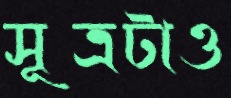
সূত্রটাও